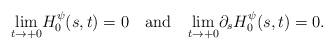
LaTeX: \begin{align*}\underset{t\rightarrow +0}\lim H_{0}^{\psi}(s,t)=0 ~~\mbox{ and }~~\underset{t\rightarrow +0}\lim \partial_s H_{0}^{\psi}(s,t)=0. \end{align*}